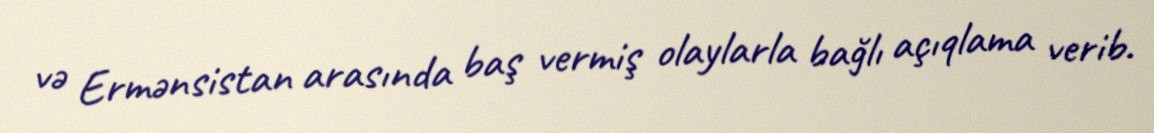
və Ermənsistan arasında baş vermiş olaylarla bağlı açıqlama verib.